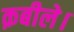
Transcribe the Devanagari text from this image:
क़बीले।